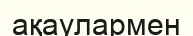
ақаулармен